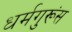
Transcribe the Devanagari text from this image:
धर्मगुरूंस